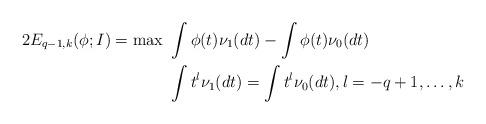
LaTeX: \begin{align*}\begin{aligned}2 E_{q-1,k}(\phi;I) = \max & ~ \int \phi(t) \nu_1(dt) - \int \phi(t) \nu_0(dt) \\ & ~ \int t^{l} \nu_1(dt) = \int t^{l} \nu_0(dt), l=-q+1,\ldots,k\end{aligned}\end{align*}